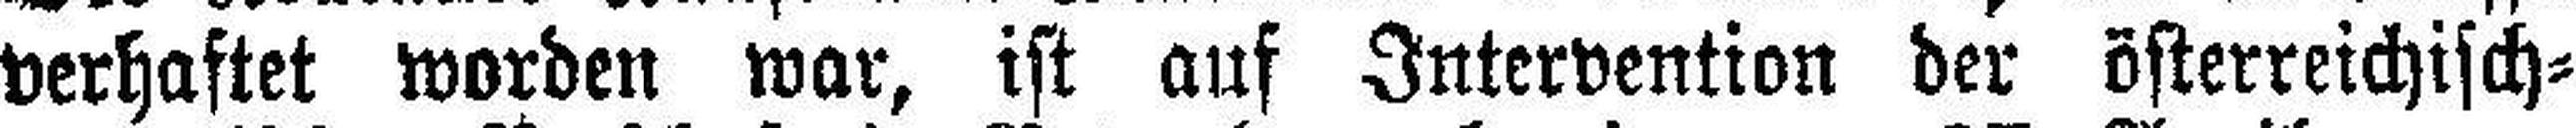
verhaftet worden war, ist auf Intervention der österreichisch=